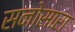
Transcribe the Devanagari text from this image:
सनोसारा